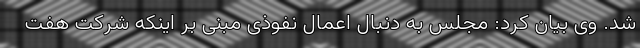
شد. وی بیان کرد: مجلس به دنبال اعمال نفوذی مبنی بر اینکه شرکت هفت